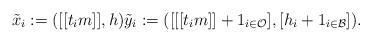
LaTeX: \begin{align*}\tilde{x}_i := ([[t_im]],h) \tilde{y}_i := ([[[t_im]] + \mathrm{1}_{i \in \mathcal{O}}],[h_i + \mathrm{1}_{i \in\mathcal{B}}]).\end{align*}